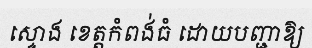
ស្ទោង ខេត្តកំពង់ធំ ដោយបញ្ជាឱ្យ